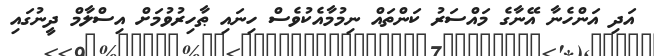
އަދި އަންހެނާ އޭނާގެ މައްސަރު ކަންތައް ނިމުމާއެކުވެސް ހިނައި ޠާހިރުވުމަށް އިސްލާމް ދީނުގައި